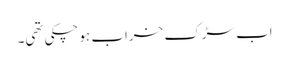
اب سڑک خراب ہوچکی تھی۔